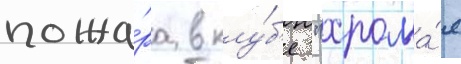
пожа́ра в клу́б'е "хрома́я